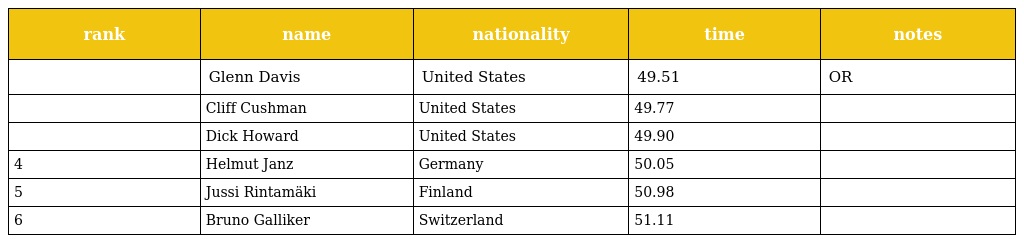
| rank | name | nationality | time | notes |
 | --- | --- | --- | --- | --- |
 |  | Glenn Davis | United States | 49.51 | OR |
 |  | Cliff Cushman | United States | 49.77 |  |
 |  | Dick Howard | United States | 49.90 |  |
 | 4 | Helmut Janz | Germany | 50.05 |  |
 | 5 | Jussi Rintamäki | Finland | 50.98 |  |
 | 6 | Bruno Galliker | Switzerland | 51.11 |  |